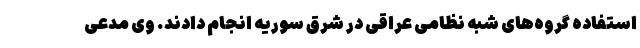
استفاده گروه‌های شبه نظامی عراقی در شرق سوریه انجام دادند. وی مدعی